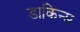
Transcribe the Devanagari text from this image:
डाकिन्स